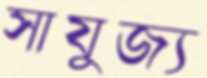
সাযুজ্য